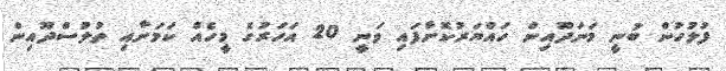
ފުލުހުން ބުނީ މަނަދޫއިން ހައްޔަރުކޮށްފައި ވަނީ 20 އަހަރުގެ މީހެއް ކަމަށާއި ތުލުސްދޫއިން